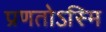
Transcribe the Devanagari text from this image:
प्रणतोऽस्मि